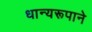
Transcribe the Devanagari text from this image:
धान्‍यरूपाने